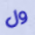
ول